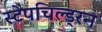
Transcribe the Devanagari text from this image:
स्टेपचिल्ड्रन